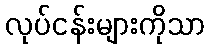
လုပ်ငန်းများကိုသာ